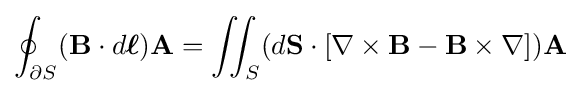
\oint _{\partial S}(\mathbf {B} \cdot d{\boldsymbol {\ell }})\mathbf {A} =\iint _{S}(d\mathbf {S} \cdot \left[\nabla \times \mathbf {B} -\mathbf {B} \times \nabla \right])\mathbf {A}